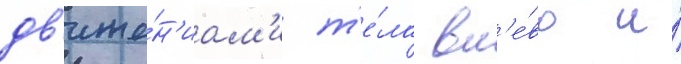
дв'иже́н'иам'и т'е́ла вл'е́во и́